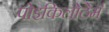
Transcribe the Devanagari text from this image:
पोइकिलोठेर्म